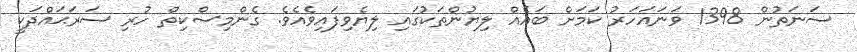
ސަނަތުން 1398 ވަނައަހަރު ކަމަށް ބައެއް ލިޔުންތަކުގައި ލިޔެވިފައިވެއެވެ. ގެންމިސްކިތް ހުރި ސަރަޙައްދަކީ